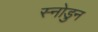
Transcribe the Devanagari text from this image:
स्नोडुन